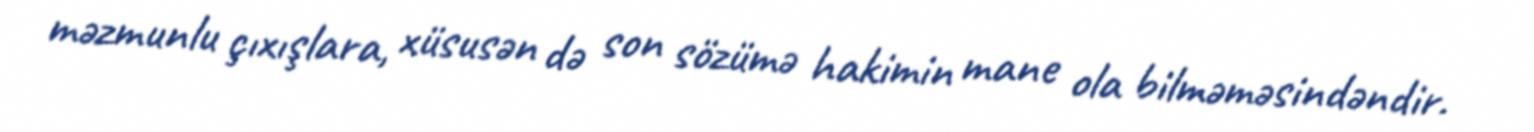
məzmunlu çıxışlara, xüsusən də son sözümə hakimin mane ola bilməməsindəndir.